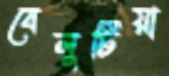
বেলুটিয়া